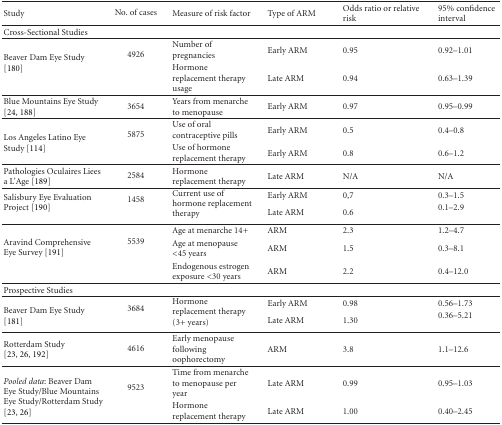
| Study | No. of cases | Measure of risk factor | Type of ARM | Odds ratio or relative risk | 95% confidence interval |
 | --- | --- | --- | --- | --- | --- |
 | Cross-Sectional Studies |  |  |  |  |  |
 | <ROWSPAN=2> Beaver Dam Eye Study [180] | <ROWSPAN=2> 4926 | Number of pregnancies | Early ARM | 0.95 | 0.92–1.01 |
 | Hormone replacement therapy usage | Late ARM | 0.94 | 0.63–1.39 |
 | Blue Mountains Eye Study [24, 188] | 3654 | Years from menarche to menopause | Early ARM | 0.97 | 0.95–0.99 |
 | <ROWSPAN=2> Los Angeles Latino Eye Study [114] | <ROWSPAN=2> 5875 | Use of oral contraceptive pills | Early ARM | 0.5 | 0.4–0.8 |
 | Use of hormone replacement therapy | Early ARM | 0.8 | 0.6–1.2 |
 | Pathologies Oculaires Liees a L'Age [189] | 2584 | Hormone replacement therapy | Late ARM | N/A | N/A |
 | <ROWSPAN=2> Salisbury Eye Evaluation Project [190] | <ROWSPAN=2> 1458 | <ROWSPAN=2> Current use of hormone replacement therapy | Early ARM | 0,7 | 0.3–1.5 |
 | Late ARM | 0.6 | 0.1–2.9 |
 | <ROWSPAN=3> Aravind Comprehensive Eye Survey [191] | <ROWSPAN=3> 5539 | Age at menarche 14+ | ARM | 2.3 | 1.2–4.7 |
 | Age at menopause <45 years | ARM | 1.5 | 0.3–8.1 |
 | Endogenous estrogen exposure <30 years | ARM | 2.2 | 0.4–12.0 |
 | Prospective Studies |  |  |  |  |  |
 | <ROWSPAN=2> Beaver Dam Eye Study [181] | <ROWSPAN=2> 3684 | <ROWSPAN=2> Hormone replacement therapy (3+ years) | Early ARM | 0.98 | 0.56–1.73 |
 | Late ARM | 1.30 | 0.36–5.21 |
 | Rotterdam Study [23, 26, 192] | 4616 | Early menopause following oophorectomy | ARM | 3.8 | 1.1–12.6 |
 | <ROWSPAN=2> Pooled data: Beaver Dam Eye Study/Blue Mountains Eye Study/Rotterdam Study [23, 26] | <ROWSPAN=2> 9523 | Time from menarche to menopause per year | Late ARM | 0.99 | 0.95–1.03 |
 | Hormone replacement therapy | Late ARM | 1.00 | 0.40–2.45 |